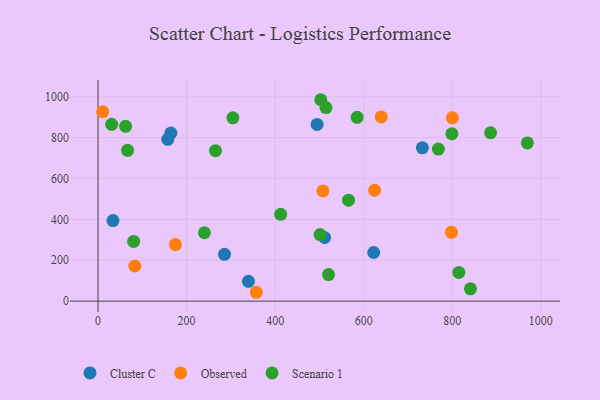
{"axis": {"x": "Speed", "y": "Salary"}, "legend": ["Cluster C", "Observed", "Scenario 1"], "data": [{"x": "157.5", "y": 791.9, "type": "Cluster C"}, {"x": "285.6", "y": 229.1, "type": "Cluster C"}, {"x": "732.6", "y": 750.1, "type": "Cluster C"}, {"x": "339.7", "y": 96.9, "type": "Cluster C"}, {"x": "622.6", "y": 238.1, "type": "Cluster C"}, {"x": "164.5", "y": 822.3, "type": "Cluster C"}, {"x": "494.8", "y": 864.9, "type": "Cluster C"}, {"x": "33.8", "y": 394.1, "type": "Cluster C"}, {"x": "511.8", "y": 311.5, "type": "Cluster C"}, {"x": "357.4", "y": 43.4, "type": "Observed"}, {"x": "83.1", "y": 171.9, "type": "Observed"}, {"x": "800.4", "y": 897.0, "type": "Observed"}, {"x": "624.7", "y": 542.8, "type": "Observed"}, {"x": "639.7", "y": 901.6, "type": "Observed"}, {"x": "798.2", "y": 336.8, "type": "Observed"}, {"x": "174.8", "y": 276.8, "type": "Observed"}, {"x": "10.4", "y": 926.9, "type": "Observed"}, {"x": "507.9", "y": 539.2, "type": "Observed"}, {"x": "412.5", "y": 425.1, "type": "Scenario 1"}, {"x": "514.8", "y": 947.1, "type": "Scenario 1"}, {"x": "585.3", "y": 899.5, "type": "Scenario 1"}, {"x": "841.1", "y": 60.5, "type": "Scenario 1"}, {"x": "969.7", "y": 774.2, "type": "Scenario 1"}, {"x": "565.8", "y": 494.2, "type": "Scenario 1"}, {"x": "768.7", "y": 744.4, "type": "Scenario 1"}, {"x": "80.4", "y": 292.2, "type": "Scenario 1"}, {"x": "520.6", "y": 130.0, "type": "Scenario 1"}, {"x": "501.5", "y": 325.6, "type": "Scenario 1"}, {"x": "886.6", "y": 824.0, "type": "Scenario 1"}, {"x": "30.8", "y": 865.1, "type": "Scenario 1"}, {"x": "503.1", "y": 985.7, "type": "Scenario 1"}, {"x": "799.2", "y": 819.1, "type": "Scenario 1"}, {"x": "240.3", "y": 334.8, "type": "Scenario 1"}, {"x": "304.6", "y": 897.2, "type": "Scenario 1"}, {"x": "265.3", "y": 736.5, "type": "Scenario 1"}, {"x": "66.7", "y": 737.9, "type": "Scenario 1"}, {"x": "62.3", "y": 855.7, "type": "Scenario 1"}, {"x": "814.9", "y": 140.4, "type": "Scenario 1"}]}